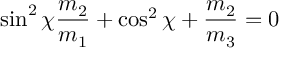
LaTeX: \sin ^ { 2 } \chi \frac { m _ { 2 } } { m _ { 1 } } + \cos ^ { 2 } \chi + \frac { m _ { 2 } } { m _ { 3 } } = 0